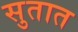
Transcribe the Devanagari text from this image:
सुतात